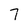
Character: 7